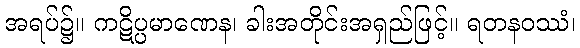
အရပ်၌။ ကဋိပ္ပမာဏေန၊ ခါးအတိုင်းအရှည်ဖြင့်။ ရတနဝဿံ၊